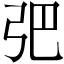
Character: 弝